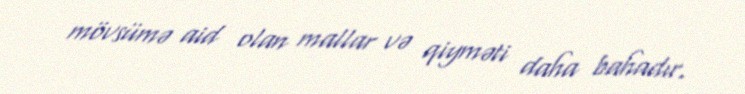
mövsümə aid olan mallar və qiyməti daha bahadır.